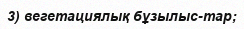
3) вегетациялық бұзылыс-тар;